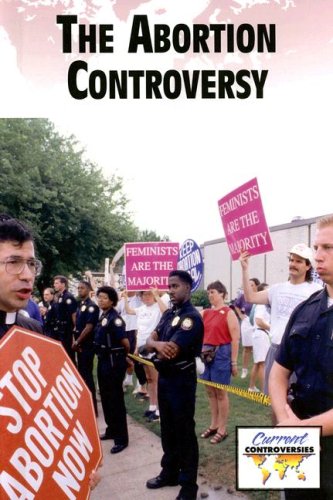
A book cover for The Abortion Controversy (Current Controversies); Emma Bernay; Teen & Young Adult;